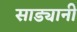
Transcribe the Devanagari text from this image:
साड्यानी